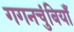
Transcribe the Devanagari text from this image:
गगनचुंबियाँ